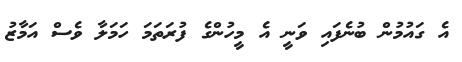
އެ ގައުމުން ބުނެފައި ވަނީ އެ މީހުންގެ ފުރަތަަމަ ހަމަލާ ވެސް އަމާޒު